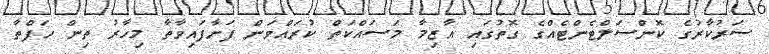
ސަރުކާރުގެ ކޮންސަލްޓެންޓެއްގެ ގޮތުގައި އާޒިމާ މަސައްކަތް ކުރައްވަން ފަށާފައިވާތާ މިހާރު ތިން ހަފްތާ